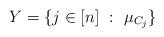
LaTeX: \begin{align*}Y = \{ j \in [n]\ : \ \mu_{C_j} \}\end{align*}